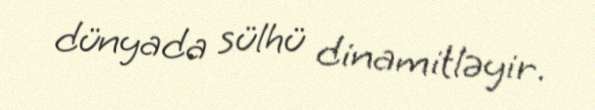
dünyada sülhü dinamitləyir.